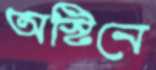
অস্টিনে